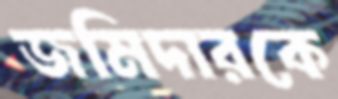
জমিদারকে